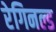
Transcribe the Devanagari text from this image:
रेगिनल्ड